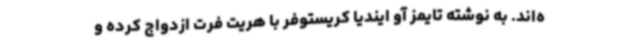
ه‌اند. به نوشته تایمز آو ایندیا کریستوفر با هریت فرت ازدواج کرده و